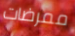
ممرضات